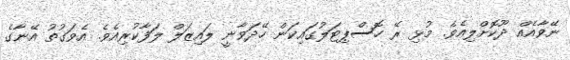
ނޭވާއެއް ދޫކޮށްލިއެވެ. މުޅި ރޭ ހޮސްޕިޓަލުގައިކަން ހޭދަވާނީ ލައިޒަލް ލަފާކުރިއެވެ. އެވަގުތު އޭނާގެ